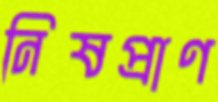
নিষপ্রাণ